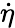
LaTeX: \dot{\eta}